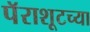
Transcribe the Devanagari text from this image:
पॅराशूटच्या